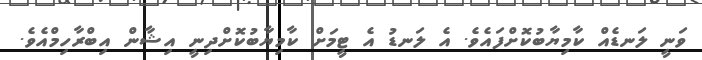
ވަނީ ލަނޑެއް ކާމިޔާބުކޮށްފައެވެ. އެ ލަނޑު އެ ޓީމަށް ކާމިޔާބުކޮށްދިނީ އިޝާން އިބްރާހިމްއެވެ.